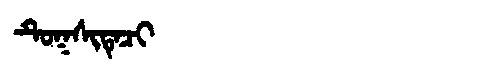
Manchu: ᡨᡠᡴᠰᡳᡨᡝᠴᡳ
Romanization: TUKSITECI